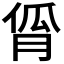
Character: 𬁾